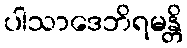
ပါသာဒေဘိရမန္တိ